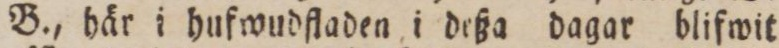
B., här i hufwudfladen i deßa dagar blifwit